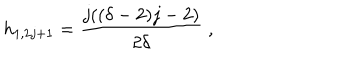
LaTeX: h _ { 1 , 2 j + 1 } = \frac { j ( ( \delta - 2 ) j - 2 ) } { 2 \delta } \; ,